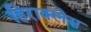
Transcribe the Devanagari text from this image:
हिराक्लेस